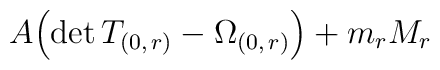
A\Bigl (\mathrm{det}\,T_{(0,\, r)}-\Omega_{(0,\,r)}\Bigr )+m_{r}M_{r}